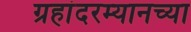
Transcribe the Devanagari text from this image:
ग्रहांदरम्यानच्या